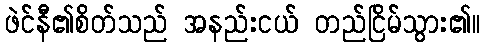
ဖဲင်နီ၏စိတ်သည် အနည်းငယ် တည်ငြိမ်သွား၏။